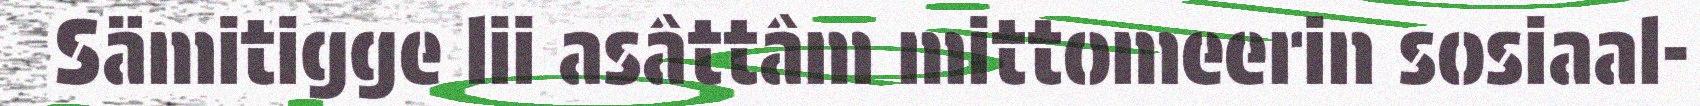
Sämitigge lii asâttâm mittomeerin sosiaal-